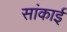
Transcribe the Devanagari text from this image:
सांकाई